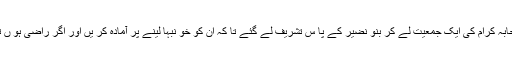
پھروہ (ص) صحابہ کرام کی ایک جمعیت لے کر بنو نضیر کے پا س تشریف لے گئے تا کہ ان کو خو نبہا لینے پر آمادہ کر یں اور اگر راضی ہو ں تو ادا فر ما دیں ۔